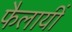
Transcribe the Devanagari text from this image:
फैलायीं